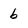
Character: b